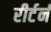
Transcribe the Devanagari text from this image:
रीर्टर्न